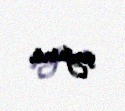
çağırır.